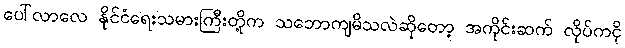
ပေါ်လာလေ နိုင်ငံရေးသမားကြီးတို့က သဘောကျမိသလဲဆိုတော့ အကိုင်းဆက် လိုပ်ကငို